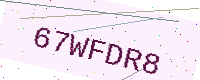
Text: 67WFDR8